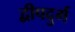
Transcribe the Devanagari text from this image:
द्वीपदुर्ग